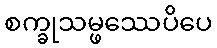
စက္ခုသမ္ဖဿေပိပေ